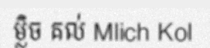
ម្លិច គល់ Mlich Kol